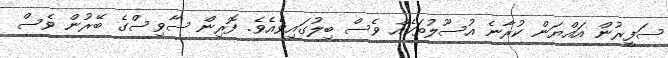
ސަފީރުން އައްޔަން ކުރާނެ އުސޫލުތަކެއް ވެސް ބިލުގައިވެއެވެ. ފޮރިން ސާވިސްގެ ބޭރުން ވެސް